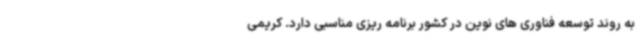
به روند توسعه فناوری های نوین در کشور برنامه ریزی مناسبی دارد. کریمی